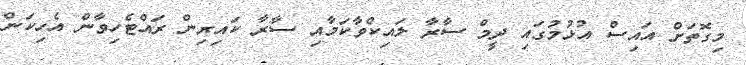
މިގޮތަށް އައިސް އުޅުމުގައި ދީމް ސާރާ ލައިކްވާކަމާއި ސާރާ ކައިރިން ރައްޓެހިވާން އެހިކަން